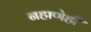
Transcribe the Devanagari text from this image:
नहाणेही